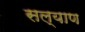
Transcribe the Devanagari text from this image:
सल्याण